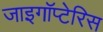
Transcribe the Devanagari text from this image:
जाइगॉप्टेरिस